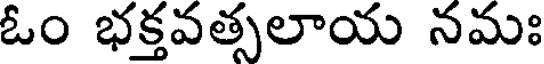
ఓం భక్తవత్సలాయ నమః